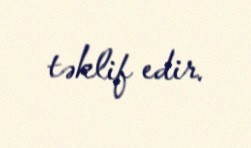
təklif edir.